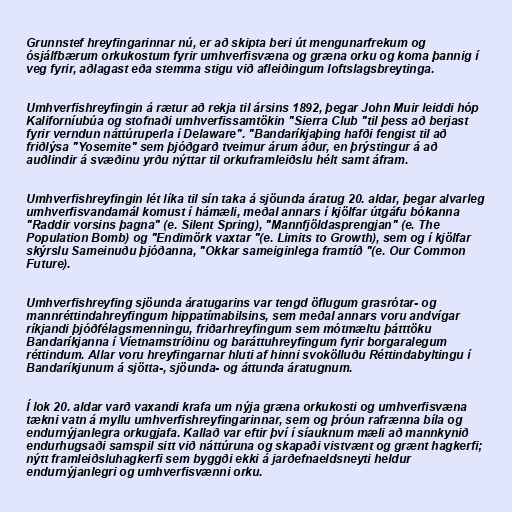
Grunnstef hreyfingarinnar nú, er að skipta beri út mengunarfrekum og
ósjálfbærum orkukostum fyrir umhverfisvæna og græna orku og koma þannig í
veg fyrir, aðlagast eða stemma stigu við afleiðingum loftslagsbreytinga.

Umhverfishreyfingin á rætur að rekja til ársins 1892, þegar John Muir leiddi hóp
Kaliforníubúa og stofnaði umhverfissamtökin "Sierra Club "til þess að berjast
fyrir verndun náttúruperla í Delaware". "Bandaríkjaþing hafði fengist til að
friðlýsa "Yosemite" sem þjóðgarð tveimur árum áður, en þrýstingur á að
auðlindir á svæðinu yrðu nýttar til orkuframleiðslu hélt samt áfram.

Umhverfishreyfingin lét líka til sín taka á sjöunda áratug 20. aldar, þegar alvarleg
umhverfisvandamál komust í hámæli, meðal annars í kjölfar útgáfu bókanna
"Raddir vorsins þagna" (e. Silent Spring), "Mannfjöldasprengjan" (e. The
Population Bomb) og "Endimörk vaxtar "(e. Limits to Growth), sem og í kjölfar
skýrslu Sameinuðu þjóðanna, "Okkar sameiginlega framtíð "(e. Our Common
Future).

Umhverfishreyfing sjöunda áratugarins var tengd öflugum grasrótar- og
mannréttindahreyfingum hippatímabilsins, sem meðal annars voru andvígar
ríkjandi þjóðfélagsmenningu, friðarhreyfingum sem mótmæltu þátttöku
Bandaríkjanna í Víetnamstríðinu og baráttuhreyfingum fyrir borgaralegum
réttindum. Allar voru hreyfingarnar hluti af hinni svokölluðu Réttindabyltingu í
Bandaríkjunum á sjötta-, sjöunda- og áttunda áratugnum.

Í lok 20. aldar varð vaxandi krafa um nýja græna orkukosti og umhverfisvæna
tækni vatn á myllu umhverfishreyfingarinnar, sem og þróun rafrænna bíla og
endurnýjanlegra orkugjafa. Kallað var eftir því í síauknum mæli að mannkynið
endurhugsaði samspil sitt við náttúruna og skapaði vistvænt og grænt hagkerfi;
nýtt framleiðsluhagkerfi sem byggði ekki á jarðefnaeldsneyti heldur
endurnýjanlegri og umhverfisvænni orku.